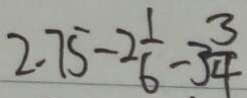
2 . 7 5 - 2 \frac { 1 } { 6 } - 3 \frac { 3 } { 4 }